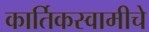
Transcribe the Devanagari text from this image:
कार्तिकस्वामीचे